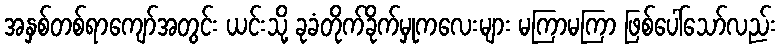
အနှစ်တစ်ရာကျော်အတွင်း ယင်းသို့ ခုခံတိုက်ခိုက်မှုကလေးများ မကြာမကြာ ဖြစ်ပေါ်သော်လည်း